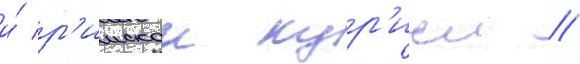
и́ р'имскои кур'иеи //